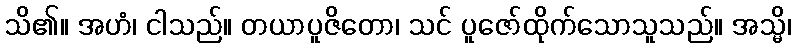
သိ၏။ အဟံ၊ ငါသည်။ တယာပူဇိတော၊ သင် ပူဇော်ထိုက်သောသူသည်။ အသ္မိ၊